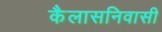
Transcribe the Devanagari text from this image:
कैलासनिवासी